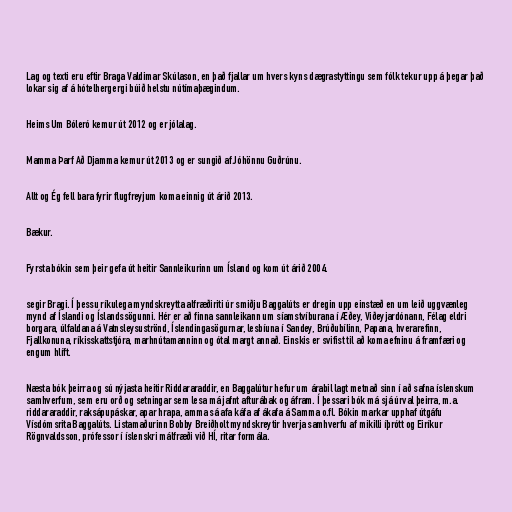
Lag og texti eru eftir Braga Valdimar Skúlason, en það fjallar um hvers kyns dægrastyttingu sem fólk tekur upp á þegar það
lokar sig af á hótelhergergi búið helstu nútímaþægindum.

Heims Um Bóleró kemur út 2012 og er jólalag.

Mamma Þarf Að Djamma kemur út 2013 og er sungið af Jóhönnu Guðrúnu.

Allt og Ég fell bara fyrir flugfreyjum koma einnig út árið 2013.

Bækur.

Fyrsta bókin sem þeir gefa út heitir Sannleikurinn um Ísland og kom út árið 2004.

segir Bragi. Í þessu ríkulega myndskreytta alfræðiriti úr smiðju Baggalúts er dregin upp einstæð en um leið uggvænleg
mynd af Íslandi og Íslandssögunni. Hér er að finna sannleikann um síamstvíburana í Æðey, Viðeyjardónann, Félag eldri
borgara, úlfaldana á Vatnsleysuströnd, Íslendingasögurnar, lesbíuna í Sandey, Brúðubílinn, Papana, hverarefinn,
Fjallkonuna, ríkisskattstjóra, marhnútamanninn og ótal margt annað. Einskis er svifist til að koma efninu á framfæri og
engum hlíft.

Næsta bók þeirra og sú nýjasta heitir Riddararaddir, en Baggalútur hefur um árabil lagt metnað sinn í að safna íslenskum
samhverfum, sem eru orð og setningar sem lesa má jafnt afturábak og áfram. Í þessari bók má sjá úrval þeirra, m.a.
riddararaddir, raksápupáskar, apar hrapa, amma sá afa káfa af ákafa á Samma o.fl. Bókin markar upphaf útgáfu
Vísdómsrita Baggalúts. Listamaðurinn Bobby Breiðholt myndskreytir hverja samhverfu af mikilli íþrótt og Eiríkur
Rögnvaldsson, prófessor í íslenskri málfræði við HÍ, ritar formála.